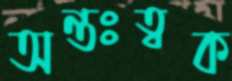
অন্তঃত্বক